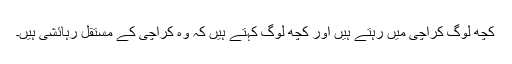
کچھ لوگ کراچی میں رہتے ہیں اور کچھ لوگ کہتے ہیں کہ وہ کراچی کے مستقل رہائشی ہیں۔